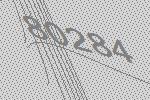
80284